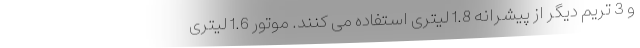
و 3 تریم دیگر از پیشرانه 1.8 لیتری استفاده می کنند. موتور 1.6 لیتری